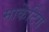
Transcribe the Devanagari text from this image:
मार्केटिग